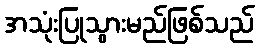
အသုံးပြုသွားမည်ဖြစ်သည်